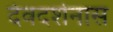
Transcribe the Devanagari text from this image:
देवदर्शनास